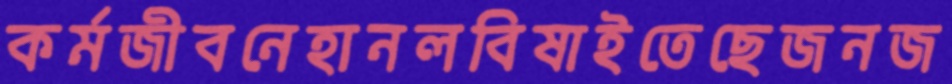
কর্মজীবনেহানলবিষাইতেছেজনজ